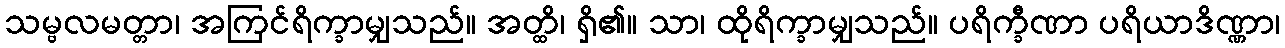
သမ္ဗလမတ္တာ၊ အကြင်ရိက္ခာမျှသည်။ အတ္ထိ၊ ရှိ၏။ သာ၊ ထိုရိက္ခာမျှသည်။ ပရိက္ခီဏာ ပရိယာဒိဏ္ဏာ၊